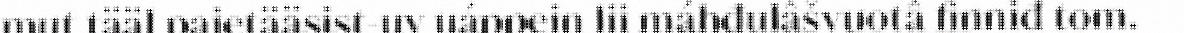
mut tääl pajetääsist-uv uáppein lii máhđulâšvuotâ finniđ tom.